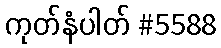
ကုတ်နံပါတ် #5588